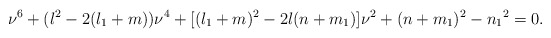
\begin{align*}\nu^6 + (l^2 -2(l_1+m))\nu^4 + [(l_1+m)^2-2l(n+m_1)]\nu^2 +(n+m_1)^2-{n_1}^2 =0.\end{align*}